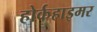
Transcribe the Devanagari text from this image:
होर्कहाइमर